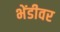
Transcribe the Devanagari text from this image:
भेंडीवर